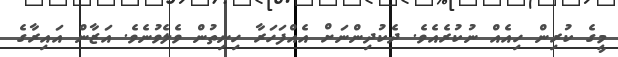
މީގެ ކުރިން ހިއެއް ނުކުރެއެވެ. ދެކުދިންނަށް އެއްފަހަރާ ހިނިތުން ވެލެވުނެވެ. އަޒާން އައިރާގެ